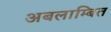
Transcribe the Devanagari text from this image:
अबलाम्बित